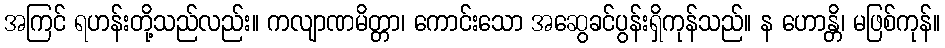
အကြင် ရဟန်းတို့သည်လည်း။ ကလျာဏမိတ္တာ၊ ကောင်းသော အဆွေခင်ပွန်းရှိကုန်သည်။ န ဟောန္တိ၊ မဖြစ်ကုန်။